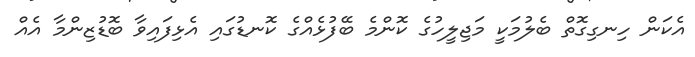
އެކަން ހިނގިގޮތް ބެލުމަކީ މަޖިލީހުގެ ކޮންމެ ބޭފުޅެއްގެ ކޮނޑުގައި އެޅިފައިވާ ބޮޑުޒިންމާ އެއް